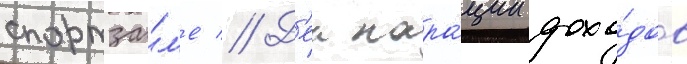
спортза́л'е // Д'еклара́ции дохо́дов